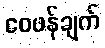
ဝေဖန်ချက်